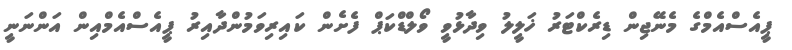
ޕީއެސްއެމްގެ މެނޭޖިން ޑިރެކްޓަރު ޚަލީލު ވިދާޅުވީ ވޯލްޑްކަޕް ފެށެން ކައިރިވަމުންދާއިރު ޕީއެސްއެމްއިން އަންނަނީ